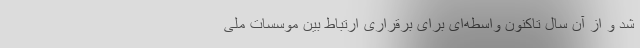
شد و از آن سال تاکنون واسطه‌ای برای برقراری ارتباط بین موسسات ملی